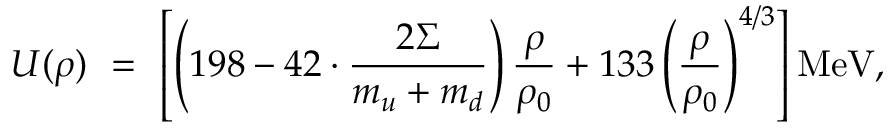
U ( \rho ) \ = \ \left[ \left( 1 9 8 - 4 2 \cdot \frac { 2 \Sigma } { m _ { u } + m _ { d } } \right) \frac \rho { \rho _ { 0 } } + 1 3 3 \left( \frac \rho { \rho _ { 0 } } \right) ^ { 4 / 3 } \right] \mathrm { M e V } ,